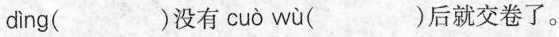
d ì ng ( )没有 cu ò w ù ( )后就交卷了。